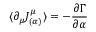
\langle \partial _ { \mu } J _ { ( \alpha ) } ^ { \mu } \rangle = - \frac { \partial \Gamma } { \partial \alpha }